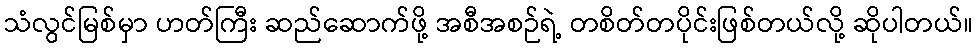
သံလွင်မြစ်မှာ ဟတ်ကြီး ဆည်ဆောက်ဖို့ အစီအစဉ်ရဲ့ တစိတ်တပိုင်းဖြစ်တယ်လို့ ဆိုပါတယ်။